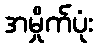
အမှိုက်ပုံး